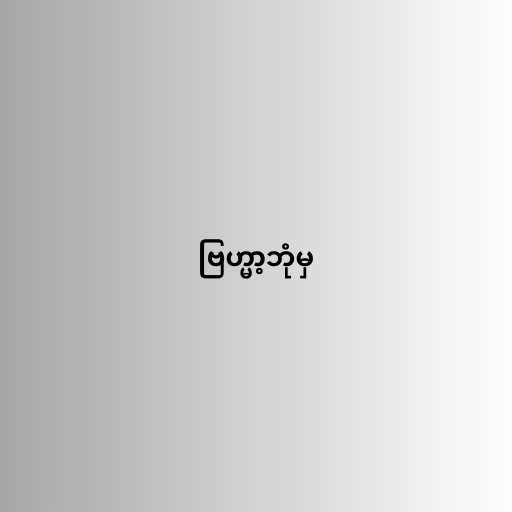
ဗြဟ္မာ့ဘုံမှ